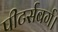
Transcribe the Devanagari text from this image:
पीटर्सबर्ग।